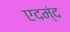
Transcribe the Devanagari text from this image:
एदम्ंद